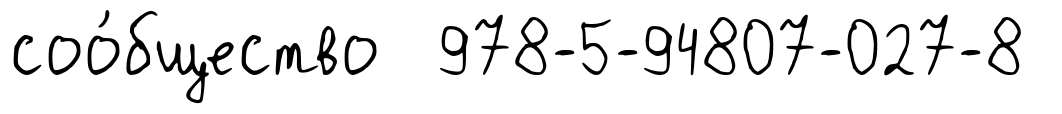
соо́бщество 978-5-94807-027-8